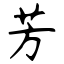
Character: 芳